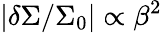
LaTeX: \vert\delta\Sigma/\Sigma_{0}\vert\propto\beta^{2}